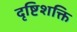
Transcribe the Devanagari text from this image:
दृष्टिशक्ति